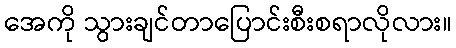
အေကို သွားချင်တာပြောင်းစီးစရာလိုလား။